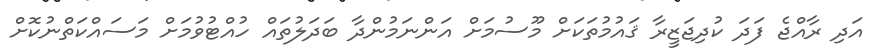
އަދި ރާއްޖެ ފަދަ ކުދިޖަޒީރާ ޤައުމުތަކަށް މޫސުމަށް އަންނަމުންދާ ބަދަލުތައް ހުއްޓުވުމަށް މަސައްކަތްނުކޮށް